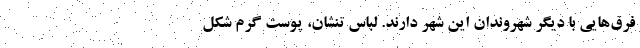
فرق‌هایی با دیگر شهروندان این شهر دارند. لباس تنشان، پوست گرم شکل